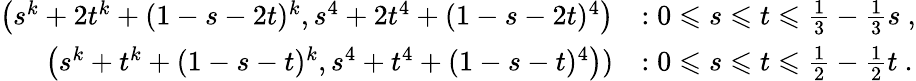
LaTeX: \begin{array}{rl}{\left(s^{k}+2t^{k}+(1-s-2t)^{k},s^{4}+2t^{4}+(1-s-2t)^{4}\right)}&{:0\leqslant s\leqslant t\leqslant\frac{1}{3}-\frac{1}{3}s~,}\\ {\left(s^{k}+t^{k}+(1-s-t)^{k},s^{4}+t^{4}+(1-s-t)^{4}\right))}&{:0\leqslant s\leqslant t\leqslant\frac{1}{2}-\frac{1}{2}t~.}\end{array}